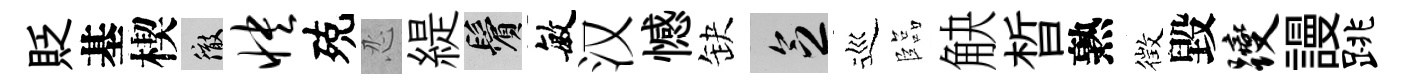
貶基楔徹怏殑忍緹鬢敏汉憾缺乏巡臨觖晳熟徴毀躞謾跳